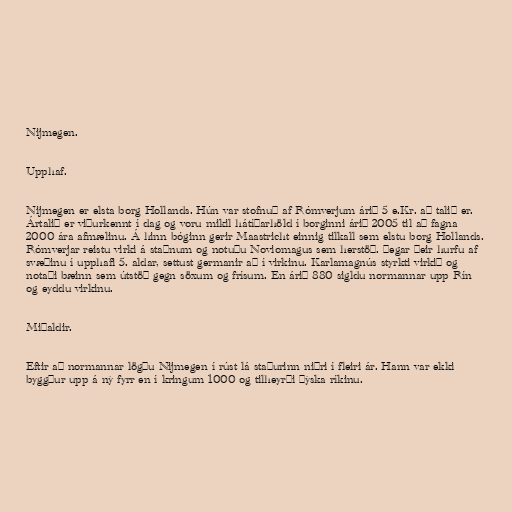
Nijmegen.

Upphaf.

Nijmegen er elsta borg Hollands. Hún var stofnuð af Rómverjum árið 5 e.Kr. að talið er.
Ártalið er viðurkennt í dag og voru mikil hátíðarhöld í borginni árið 2005 til að fagna
2000 ára afmælinu. Á hinn bóginn gerir Maastricht einnig tilkall sem elstu borg Hollands.
Rómverjar reistu virki á staðnum og notuðu Noviomagus sem herstöð. Þegar þeir hurfu af
svæðinu í upphafi 5. aldar, settust germanir að í virkinu. Karlamagnús styrkti virkið og
notaði bæinn sem útstöð gegn söxum og frísum. En árið 880 sigldu normannar upp Rín
og eyddu virkinu.

Miðaldir.

Eftir að normannar lögðu Nijmegen í rúst lá staðurinn niðri í fleiri ár. Hann var ekki
byggður upp á ný fyrr en í kringum 1000 og tilheyrði þýska ríkinu.